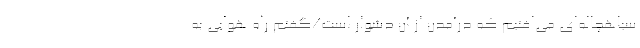
سیاهچاله‌ای می‌افتیم که درآمدن از آن دشوار است/گفتم راه‌ هوایی به